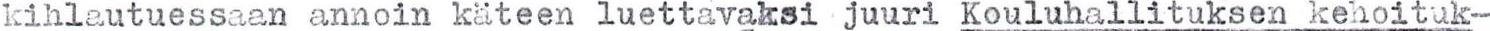
kihlautuessaan annoin käteen luettavaksi juuri Kouluhallituksen kehoituk-